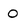
Character: O